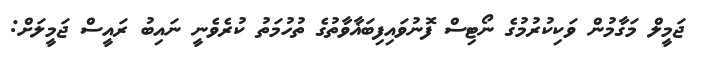
ޖަމީލް މަގާމުން ވަކިކުރުމުގެ ނޯޓިސް ފޮނުވައިފިބަޣާވާތުގެ ތުހުމަތު ކުރެވެނީ ނައިބު ރައީސް ޖަމީލަށް: